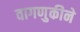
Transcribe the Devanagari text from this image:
वागणुकीने